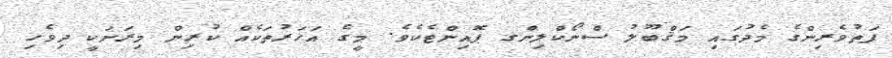
ފަތުވެރިންގެ މެދުގައި މަޤްބޫލު ސްނޯކްލިންގ ޕޮއިންޓެކެވެ. މީގެ އަހަރުތަކެއް ކުރިން މިރަށަކީ ދިވެހި